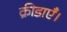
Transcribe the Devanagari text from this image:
क्रीडाएँ।